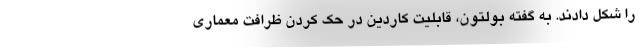
را شکل دادند. به گفته بولتون، قابلیت کاردین در حک کردن ظرافت معماری